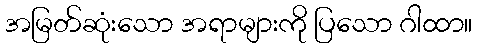
အမြတ်ဆုံးသော အရာများကို ပြသော ဂါထာ။